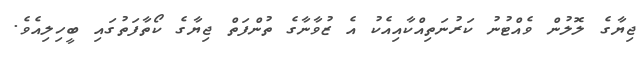
ޖިޔާގެ ލޮލުން ވެއްޓުނު ކަރުނަތިއްކާއިއެކު އެ ޒުވާނާގެ ތުންފަތް ޖިޔާގެ ކޯތާފަތުގައި ބީހިލިއެވެ.